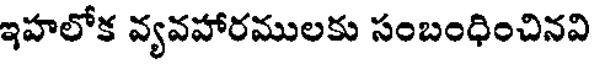
ఇహలోక వ్యవహారములకు సంబంధించినవి